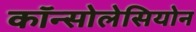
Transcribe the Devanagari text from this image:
कॉन्सोलेसियोन